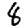
Digit: 8